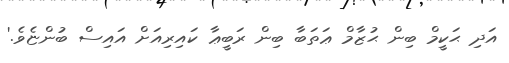
އަދި ޙަކީމް ބިން ޙުޒާމް ޢަތަބާ ބިން ރަބީޢާ ކައިރިއަށް އައިސް ބުންޏެވެ.'